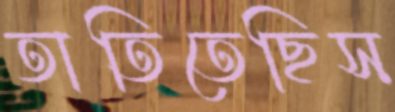
তাতিতেছিস